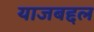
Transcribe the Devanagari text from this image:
याजबद्दल